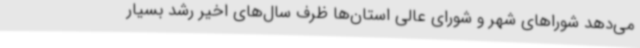
می‌دهد شوراهای شهر و شورای عالی استان‌ها ظرف سال‌های اخیر رشد بسیار